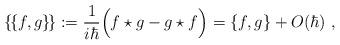
LaTeX: \begin{align*}\{\!\{f,g\}\!\}:=\frac{1}{i\hbar}\Big(f\star g-g\star f\Big) =\{f,g\}+O(\hbar)\ ,\end{align*}